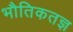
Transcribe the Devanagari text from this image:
भौतिकतज्ञ